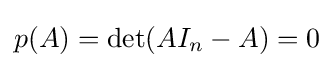
p(A)=\det(AI_{n}-A)=0